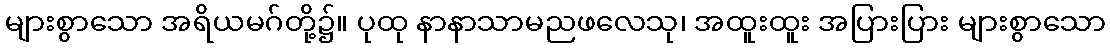
များစွာသော အရိယမဂ်တို့၌။ ပုထု နာနာသာမညဖလေသု၊ အထူးထူး အပြားပြား များစွာသော